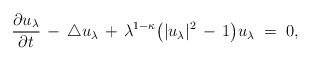
\begin{align*}\frac{\partial u_\lambda}{\partial t} \, - \, \triangle u_\lambda \, + \, \lambda^{1-\kappa} \bigl( | u_\lambda |^2 \, - \, 1 \bigr) u_\lambda \; = \; 0,\end{align*}